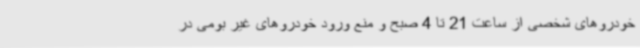
خودروهای شخصی از ساعت 21 تا 4 صبح و منع ورود خودروهای غیر بومی در